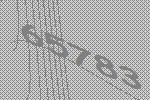
65783